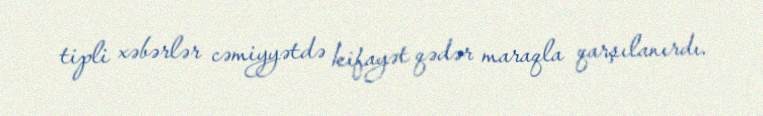
tipli xəbərlər cəmiyyətdə kifayət qədər maraqla qarşılanırdı.